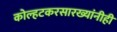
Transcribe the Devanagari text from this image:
कोल्हटकरसारख्यांनीही